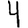
Digit: 4